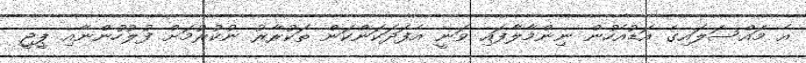
އެ މައްސަލައިގެ އަޑުއެހުން ނިންމާލާފައި ވަނީ އެފަދަކަންކަން ތަކުރާރު ނުކުރުމަށް ފުލުހުންނާއި ޕީޖީ